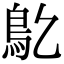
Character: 鳦